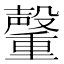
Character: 𮡞